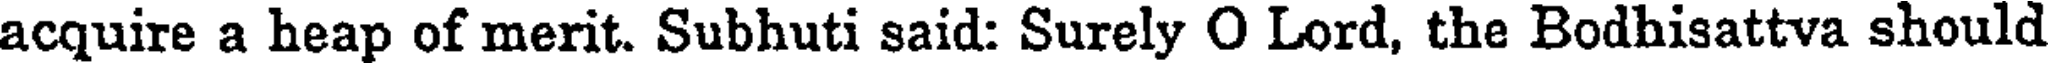
acquire a heap of merit. Subhuti said: Surely O Lord, the Bodhisattva should